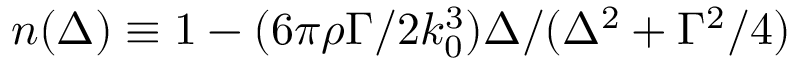
n ( \Delta ) \equiv 1 - ( 6 \pi \rho \Gamma / 2 k _ { 0 } ^ { 3 } ) \Delta / ( \Delta ^ { 2 } + \Gamma ^ { 2 } / 4 )